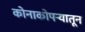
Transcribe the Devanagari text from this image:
कोनाकोपऱ्यातून